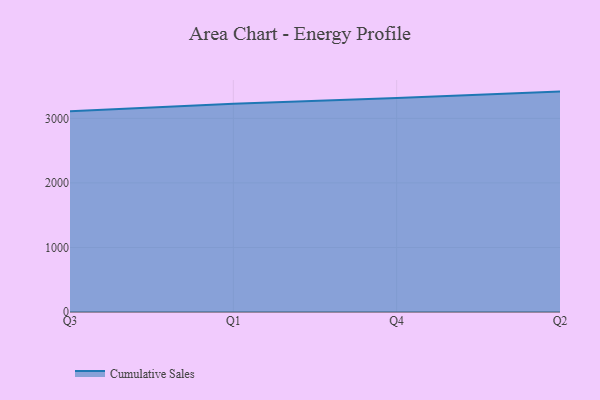
{"axis": {"x": "Quarter", "y": "Conversion Rate (%)"}, "legend": ["Cumulative Sales"], "data": [{"x": "Q3", "y": 3110.9, "type": "Cumulative Sales"}, {"x": "Q1", "y": 3224.7, "type": "Cumulative Sales"}, {"x": "Q4", "y": 3313.9, "type": "Cumulative Sales"}, {"x": "Q2", "y": 3414.8, "type": "Cumulative Sales"}]}